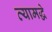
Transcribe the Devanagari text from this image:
त्यामद्धे